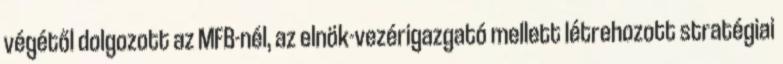
végétől dolgozott az MFB-nél, az elnök-vezérigazgató mellett létrehozott stratégiai